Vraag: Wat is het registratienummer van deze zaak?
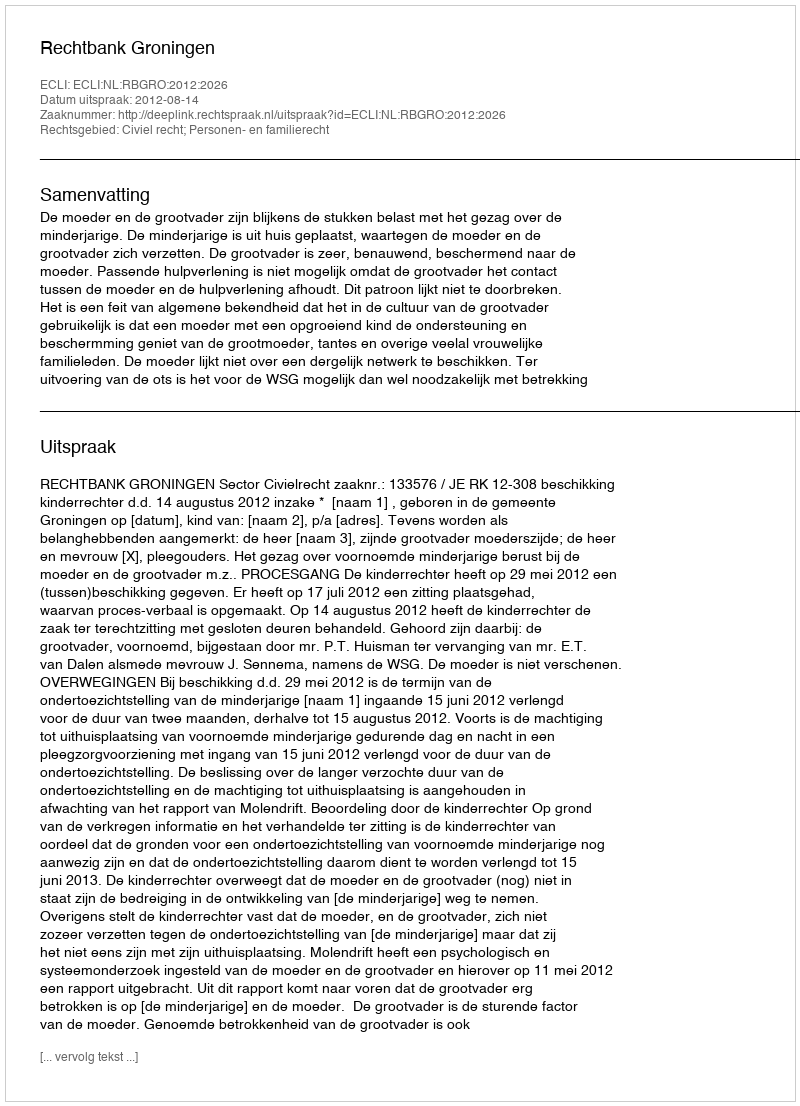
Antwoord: http://deeplink.rechtspraak.nl/uitspraak?id=ECLI:NL:RBGRO:2012:2026